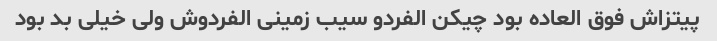
پیتزاش فوق العاده بود چیکن الفردو سیب زمینی الفردوش ولی خیلی بد بود